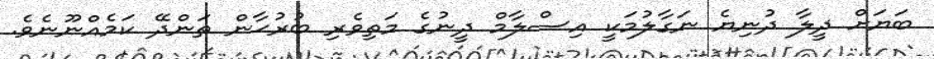
ބަޔަށް ދީލާ ދުނިޔެ ނަގާލުމަކީ އިސްލާމް ދީނުގެ މަތިވެރި ބުރުޙާން ތަންދޭ ކަމެއްނޫނެވެ.